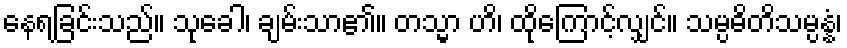
နေရခြင်းသည်။ သုခေါ၊ ချမ်းသာ၏။ တသ္မာ ဟိ၊ ထိုကြောင့်လျှင်။ သမ္ပဓိတိသမ္ပန္နံ၊